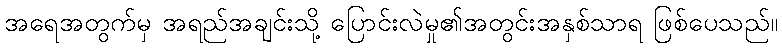
အရေအတွက်မှ အရည်အချင်းသို့ ပြောင်းလဲမှု၏အတွင်းအနှစ်သာရ ဖြစ်ပေသည်။